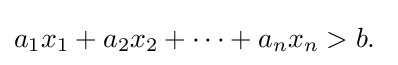
a_{1}x_{1}+a_{2}x_{2}+\cdots +a_{n}x_{n}>b.\